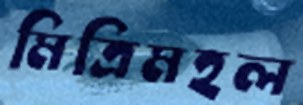
মিত্রিমহল